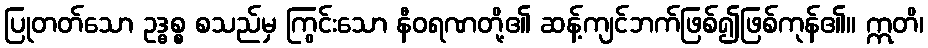
ပြုတတ်သော ဥဒ္ဓစ္စ စသည်မှ ကြွင်းသော နီဝရဏတို့၏ ဆန့်ကျင်ဘက်ဖြစ်၍ဖြစ်ကုန်၏။ ဣတိ၊